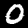
Label: 0